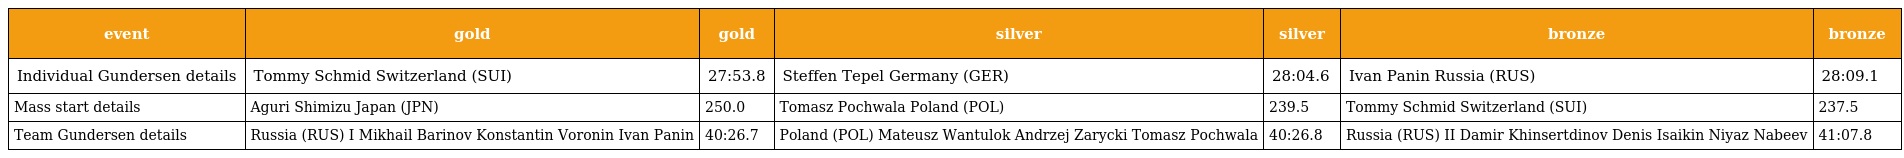
| event | gold | gold | silver | silver | bronze | bronze |
 | --- | --- | --- | --- | --- | --- | --- |
 | Individual Gundersen details | Tommy Schmid Switzerland (SUI) | 27:53.8 | Steffen Tepel Germany (GER) | 28:04.6 | Ivan Panin Russia (RUS) | 28:09.1 |
 | Mass start details | Aguri Shimizu Japan (JPN) | 250.0 | Tomasz Pochwala Poland (POL) | 239.5 | Tommy Schmid Switzerland (SUI) | 237.5 |
 | Team Gundersen details | Russia (RUS) I Mikhail Barinov Konstantin Voronin Ivan Panin | 40:26.7 | Poland (POL) Mateusz Wantulok Andrzej Zarycki Tomasz Pochwala | 40:26.8 | Russia (RUS) II Damir Khinsertdinov Denis Isaikin Niyaz Nabeev | 41:07.8 |